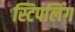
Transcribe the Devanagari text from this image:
स्टिपलिंग